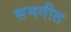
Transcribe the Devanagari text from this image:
समगीत